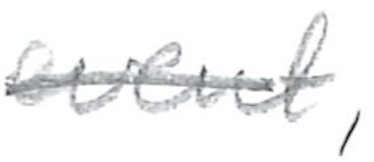
Text: event,
Cross-out: single-line
Writing tool: pencil